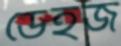
ডেইজ